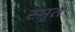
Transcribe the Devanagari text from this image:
स्मृतं